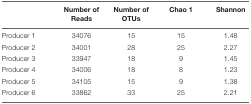
<table><thead><tr><td></td><td><b>Number of Reads</b></td><td><b>Number of OTUs</b></td><td><b>Chao 1</b></td><td><b>Shannon</b></td></tr></thead><tbody><tr><td>Producer 1</td><td>34076</td><td>15</td><td>15</td><td>1.48</td></tr><tr><td>Producer 2</td><td>34001</td><td>28</td><td>25</td><td>2.27</td></tr><tr><td>Producer 3</td><td>33947</td><td>18</td><td>9</td><td>1.45</td></tr><tr><td>Producer 4</td><td>34006</td><td>18</td><td>8</td><td>1.23</td></tr><tr><td>Producer 5</td><td>34105</td><td>15</td><td>9</td><td>1.38</td></tr><tr><td>Producer 6</td><td>33862</td><td>33</td><td>25</td><td>2.21</td></tr></tbody></table>